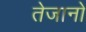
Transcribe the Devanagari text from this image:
तेजानो